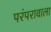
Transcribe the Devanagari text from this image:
परंपरावाला